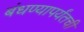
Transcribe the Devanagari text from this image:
बंधण्यापर्यंतची